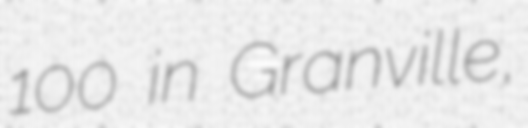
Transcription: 100 in Granville,